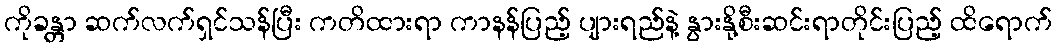
ကိုခန္တာ ဆက်လက်ရှင်သန်ပြီး ကတိထားရာ ကာနန်ပြည့် ပျားရည်နဲ့ နွားနို့စီးဆင်းရာတိုင်းပြည့် ထိရောက်